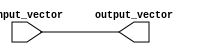
module vector_continuous_assignment #(
    parameter BIT_WIDTH = 8 // Set the bit width for the vectors
)(
    input  wire [BIT_WIDTH-1:0] input_vector,  // Input vector
    output wire [BIT_WIDTH-1:0] output_vector   // Output vector
);

// Continuous assignment from input_vector to output_vector
assign output_vector = input_vector;

endmodule